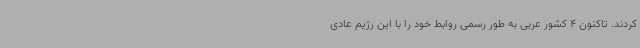
کردند. تاکنون 4 کشور عربی به طور رسمی روابط خود را با این رژیم عادی